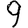
Digit: 9